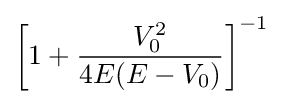
\left[1+{\frac {V_{0}^{2}}{4E(E-V_{0})}}\right]^{-1}